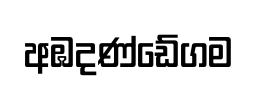
අඹදණ්ඩේගම